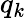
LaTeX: q_{k}